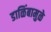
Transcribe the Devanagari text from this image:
डाळिंबामुळे